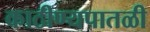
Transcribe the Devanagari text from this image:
काठीण्यपातळी